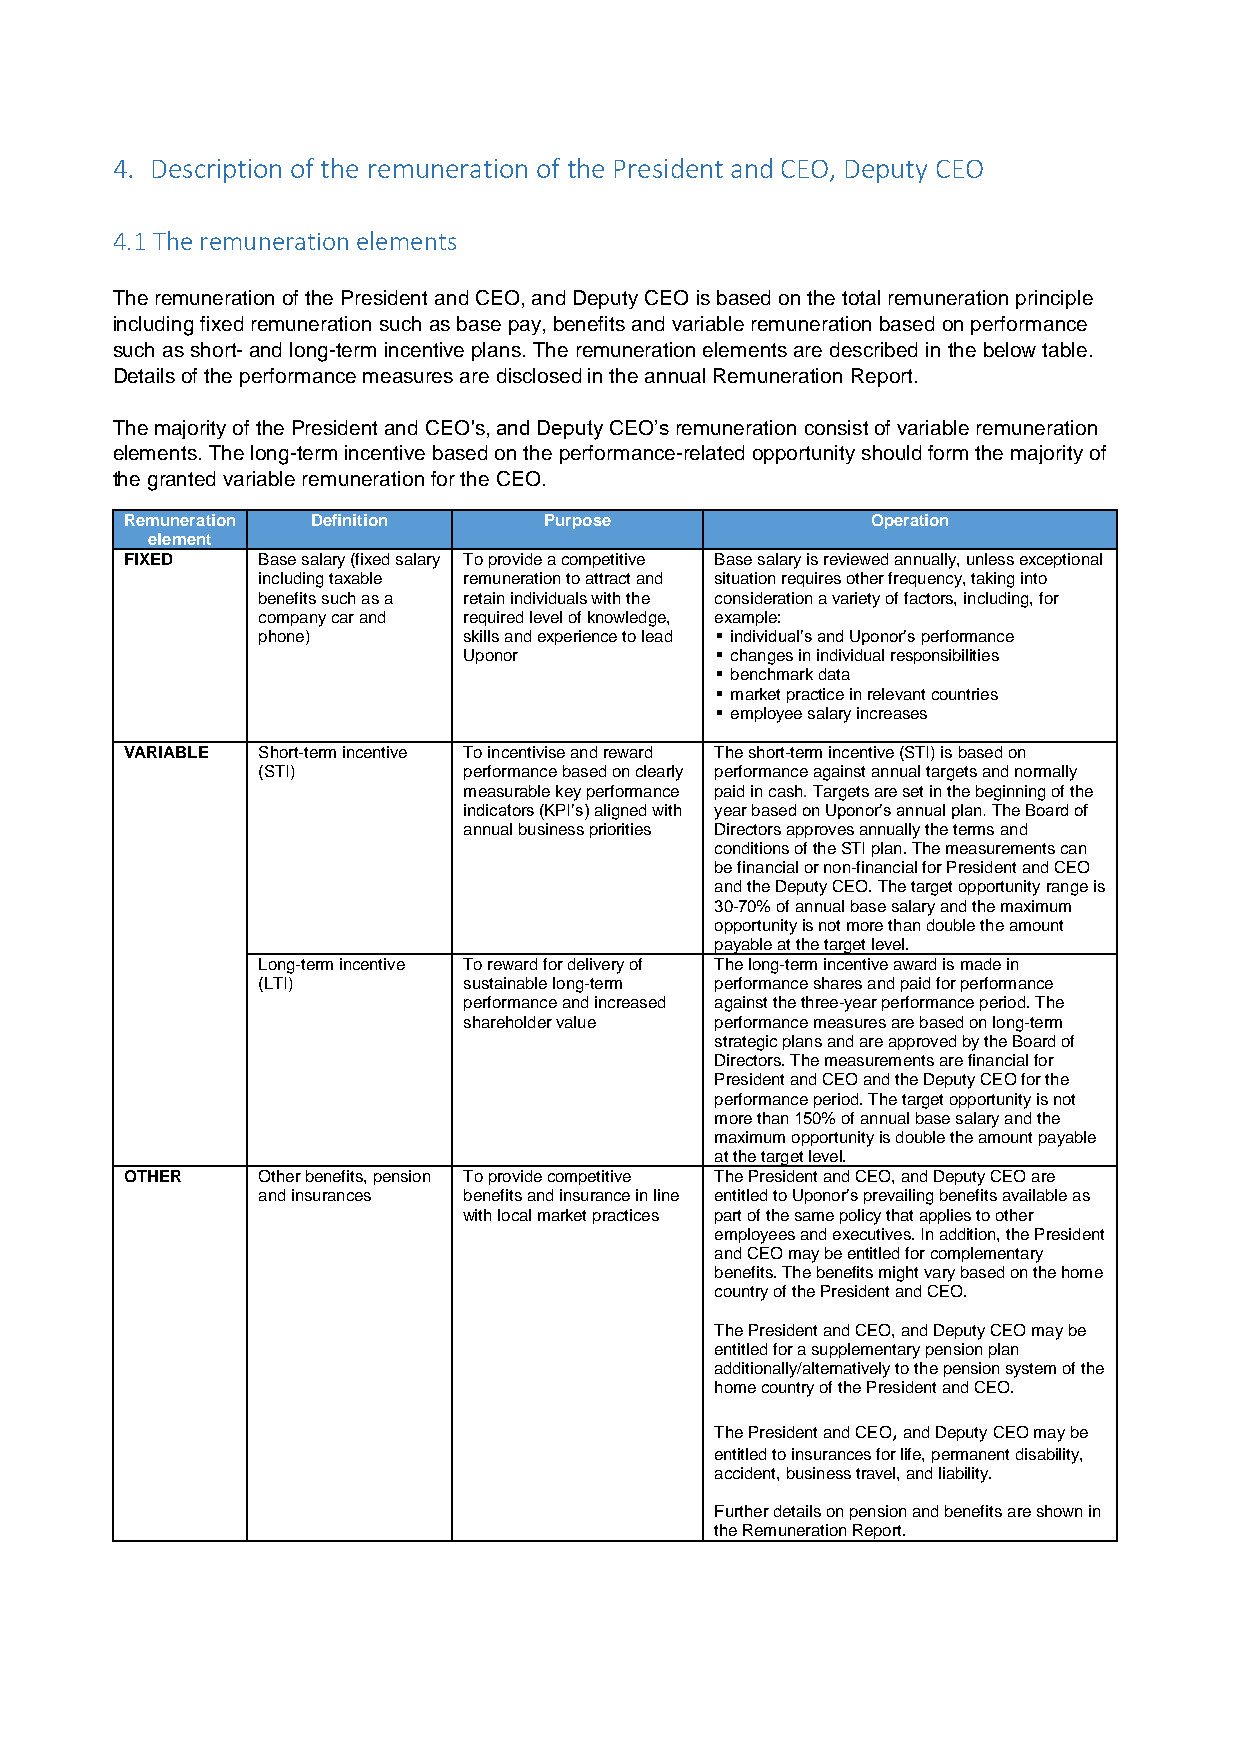
4. Description of the remuneration of the President and CEO, Deputy CEO
 4.1 The remuneration elements
 The remuneration of the President and CEO, and Deputy CEO is based on the total remuneration principle
 including fixed remuneration such as base pay, benefits and variable remuneration based on performance
 such as short- and long-term incentive plans. The remuneration elements are described in the below table.
 Details of the performance measures are disclosed in the annual Remuneration Report.
 The majority of the President and CEO's, and Deputy CEO’s remuneration consist of variable remuneration
 elements. The long-term incentive based on the performance-related opportunity should form the majority of
 the granted variable remuneration for the CEO.
 Remuneration Definition     Purpose               Operation
 element
 FIXED    Base salary (fixed salary To provide a competitive Base salary is reviewed annually, unless exceptional
 including taxable remuneration to attract and situation requires other frequency, taking into
 benefits such as a retain individuals with the consideration a variety of factors, including, for
 company car and required level of knowledge, example:
 phone)        skills and experience to lead  individual’s and Uponor’s performance
 Uponor           changes in individual responsibilities
  benchmark data
  market practice in relevant countries
  employee salary increases
 VARIABLE Short-term incentive To incentivise and reward The short-term incentive (STI) is based on
 (STI)         performance based on clearly performance against annual targets and normally
 measurable key performance paid in cash. Targets are set in the beginning of the
 indicators (KPI’s) aligned with year based on Uponor’s annual plan. The Board of
 annual business priorities Directors approves annually the terms and
 conditions of the STI plan. The measurements can
 be financial or non-financial for President and CEO
 and the Deputy CEO. The target opportunity range is
 30-70% of annual base salary and the maximum
 opportunity is not more than double the amount
 payable at the target level.
 Long-term incentive To reward for delivery of The long-term incentive award is made in
 (LTI)         sustainable long-term performance shares and paid for performance
 performance and increased against the three-year performance period. The
 shareholder value performance measures are based on long-term
 strategic plans and are approved by the Board of
 Directors. The measurements are financial for
 President and CEO and the Deputy CEO for the
 performance period. The target opportunity is not
 more than 150% of annual base salary and the
 maximum opportunity is double the amount payable
 at the target level.
 OTHER    Other benefits, pension To provide competitive The President and CEO, and Deputy CEO are
 and insurances benefits and insurance in line entitled to Uponor’s prevailing benefits available as
 with local market practices part of the same policy that applies to other
 employees and executives. In addition, the President
 and CEO may be entitled for complementary
 benefits. The benefits might vary based on the home
 country of the President and CEO.
 The President and CEO, and Deputy CEO may be
 entitled for a supplementary pension plan
 additionally/alternatively to the pension system of the
 home country of the President and CEO.
 The President and CEO, and Deputy CEO may be
 entitled to insurances for life, permanent disability,
 accident, business travel, and liability.
 Further details on pension and benefits are shown in
 the Remuneration Report.